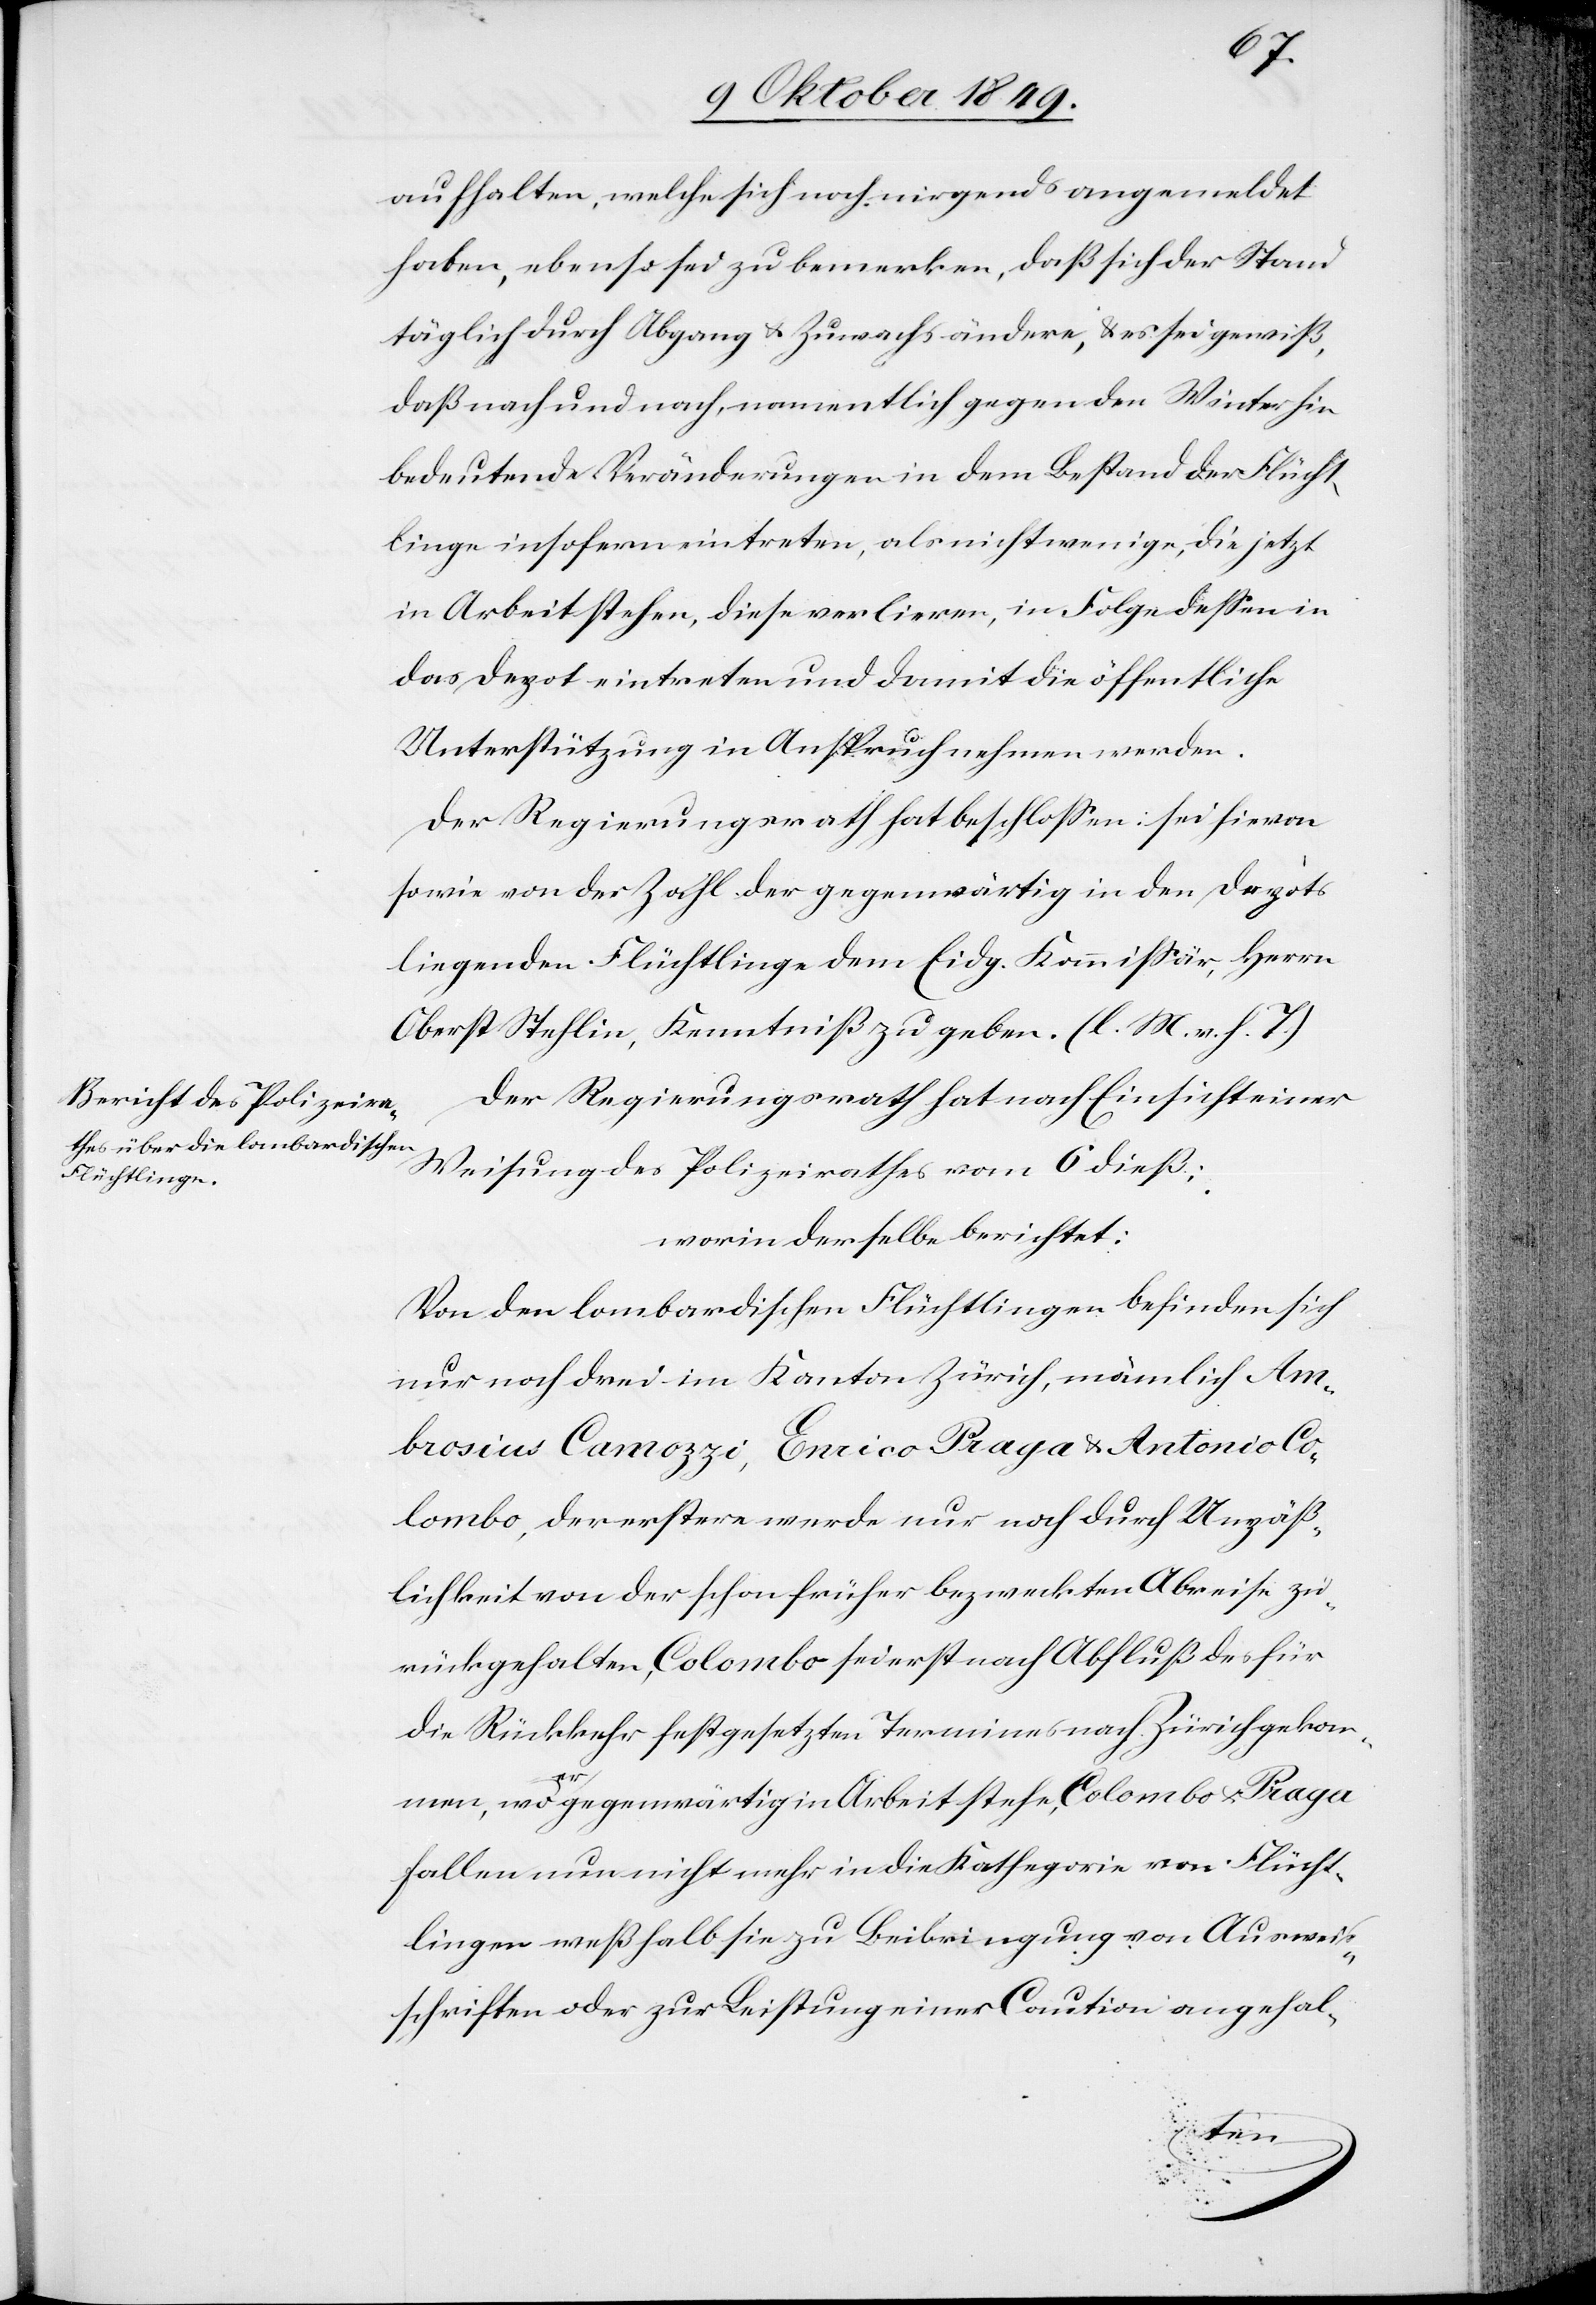
aufhalten, welche sich noch nirgends angemeldet
haben, ebenso sei zu bemerken, daß sich der Stand
täglich durch Abgang u. Zuwachs ändere, u. es sei gewiß,
daß nach und nach, namentlich gegen den Winter hin
bedeutende Veränderungen in dem Bestand der Flücht¬
linge insofern eintreten, als nicht wenige, die jetzt
in Arbeit stehen, diese verlieren, in Folge deßen in
das Depot eintreten und damit die öffentliche
Unterstützung in Anspruch nehmen werden.
Der Regierungsrath hat beschloßen: sei hievon
sowie von der Zahl der gegenwärtig in den Depots
liegenden Flüchtlinge dem Eidg. Kommißär, Herrn
Oberst Stehlin, Kenntniß zu geben. [l. M. v. h. T]
Der Regierungsrath hat nach Einsicht einer
Weisung des Polizeirathes vom 6 dieß:
worin derselbe berichtet:
Von den lombardischen Flüchtlingen befinden sich
nur noch drei im Kanton Zürich, nämlich Am¬
brosius Canozzi, Enrico Praga u. Antonio Co¬
lombo, der erstere werde nur noch durch Unpäß¬
lichkeit von der schon früher bezweckten Abreise zu¬
rückgehalten, Colombo sei erst nach Abschluß des für
die Rückkehr festgesetzten Termines nach Zürich gekom¬
men, wo er gegenwärtig in Arbeit stehe, Colombo u. Praga
fallen nun nicht mehr in die Kathegorie von Flücht¬
lingen weßhalb sie zu Beibringung von Ausweis¬
schriften oder zur Leistung einer Caution angehal-